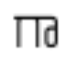
గా